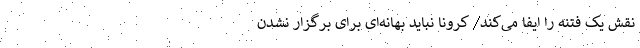
نقش یک فتنه را ایفا می‌کند/ کرونا نباید بهانه‌ای برای برگزار نشدن